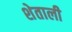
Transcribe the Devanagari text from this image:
शेताली